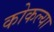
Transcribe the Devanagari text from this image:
कोकल्या